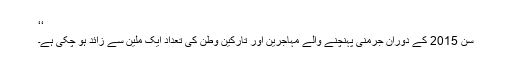
‘‘
سن 2015 کے دوران جرمنی پہنچنے والے مہاجرین اور تارکین وطن کی تعداد ایک ملین سے زائد ہو چکی ہے۔